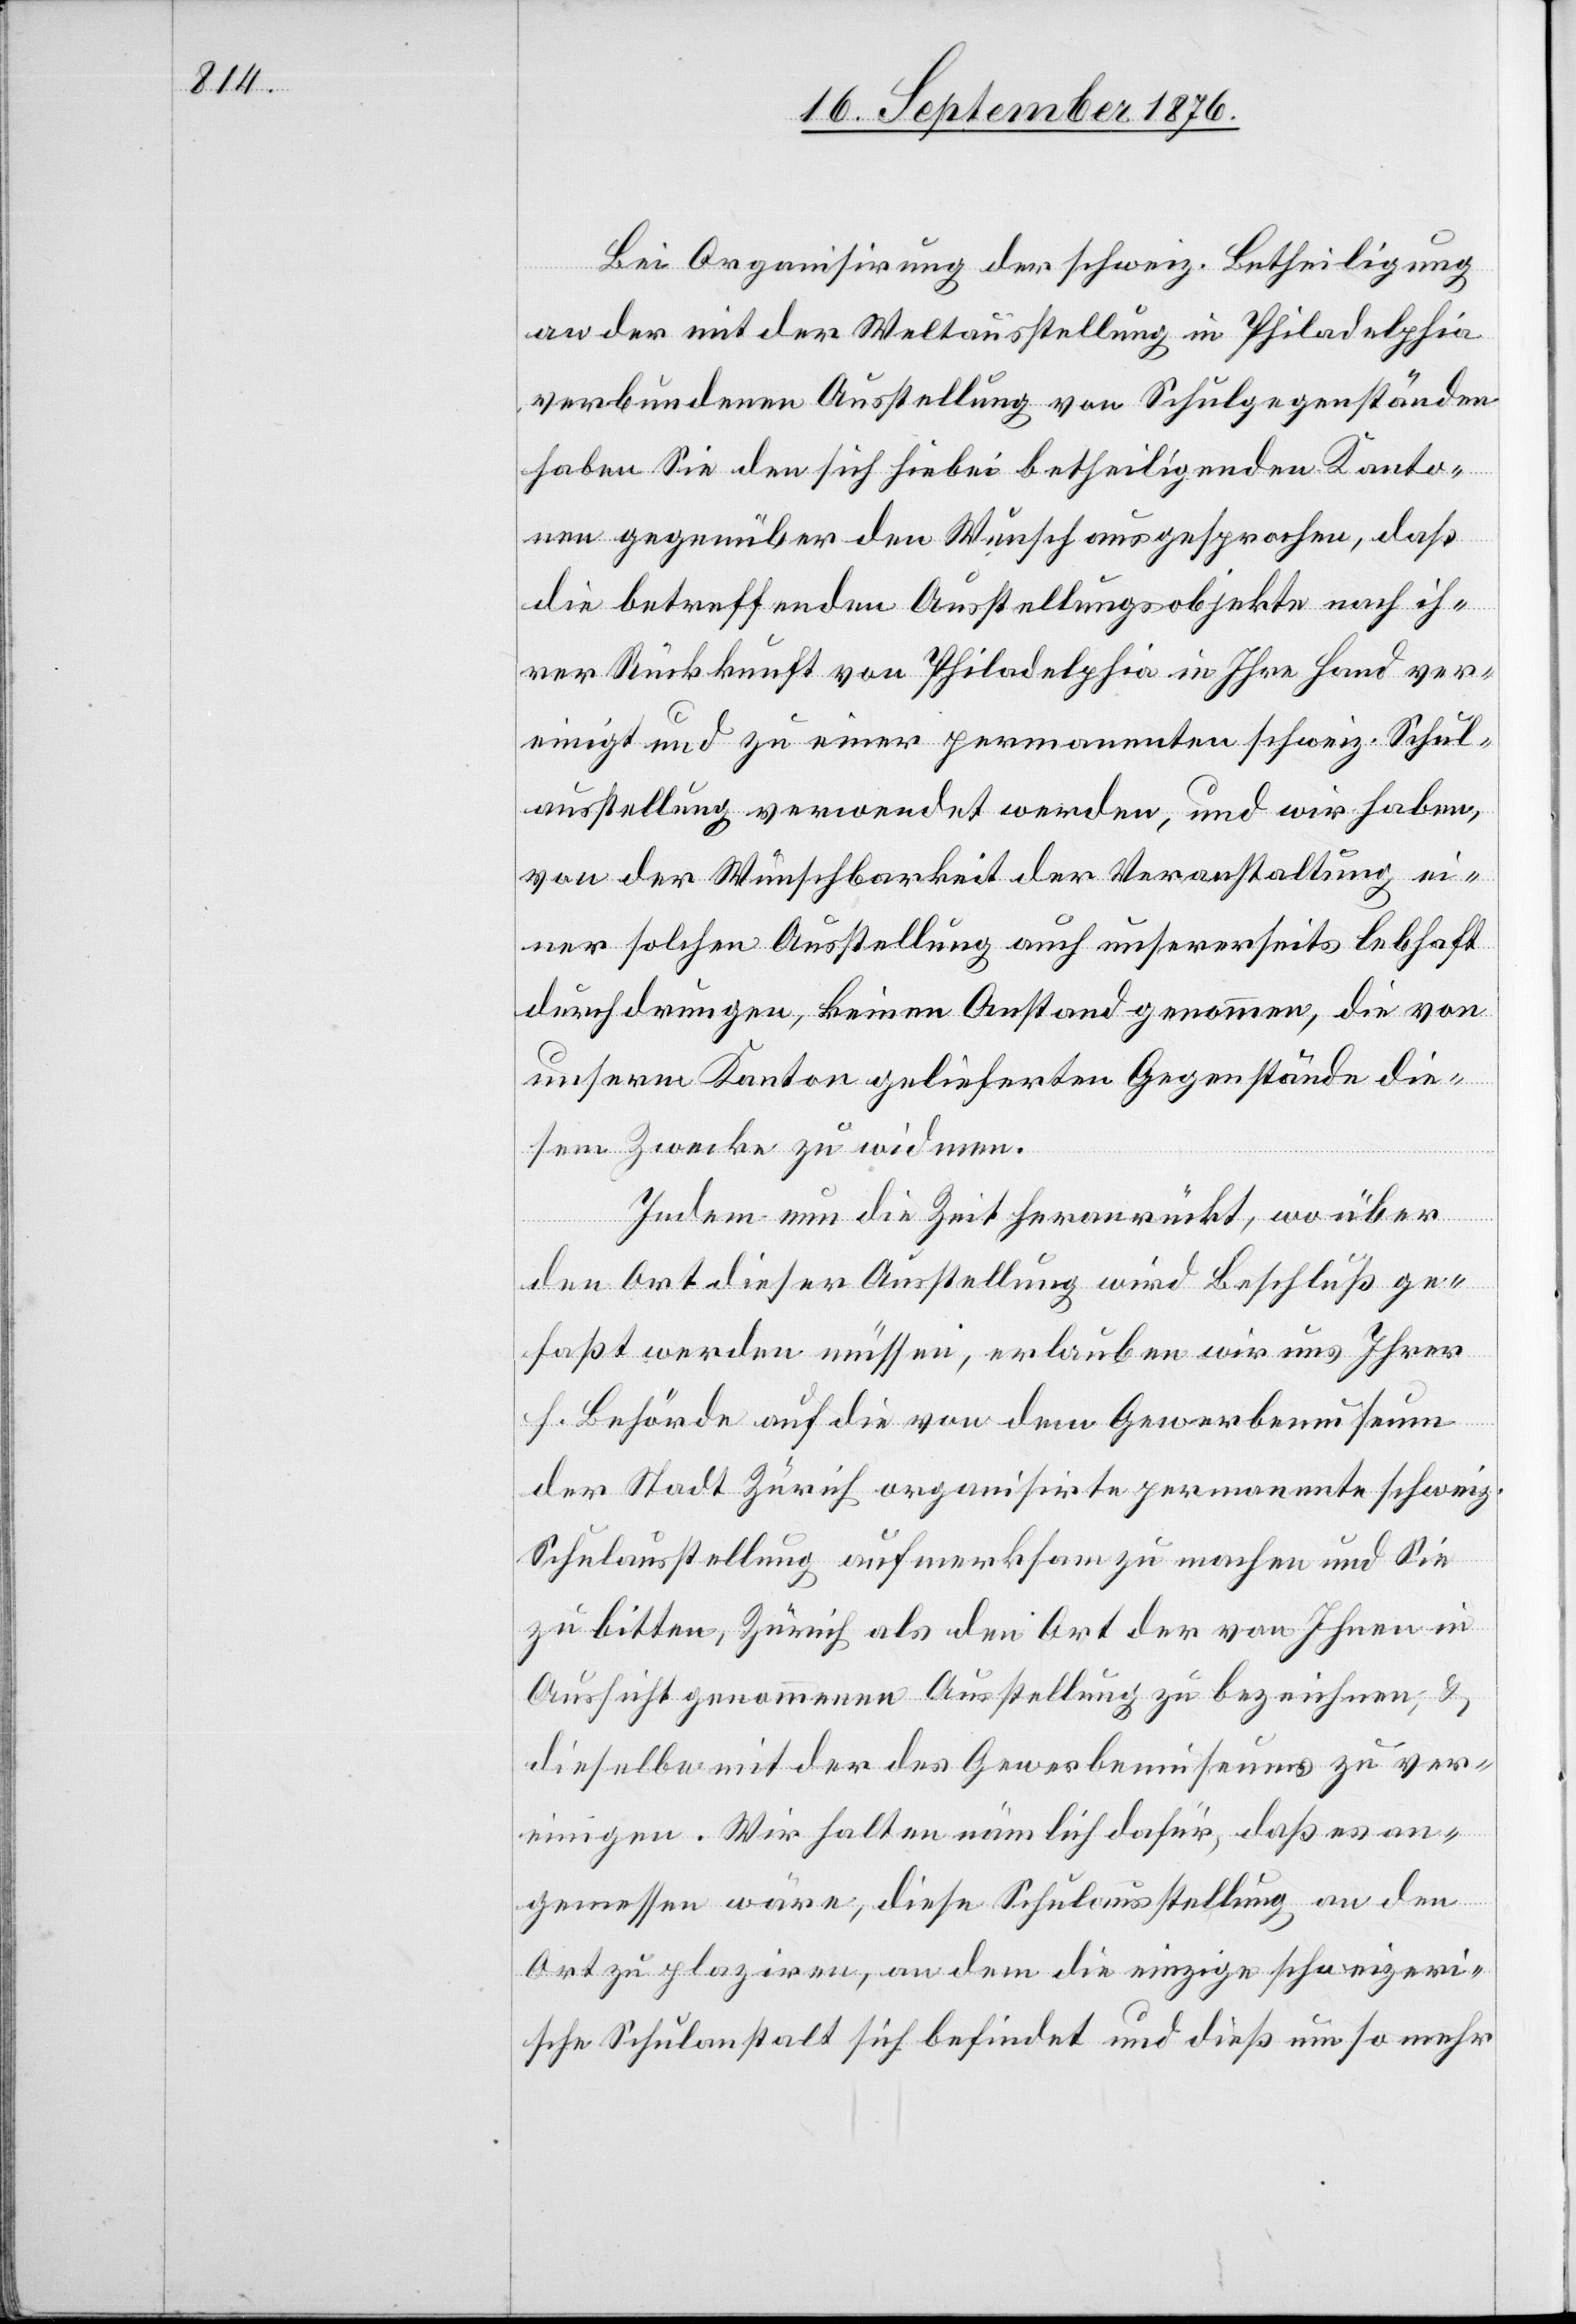
Bei Organisirung der schweiz. Betheiligung
an der mit der Weltausstellung in Philadelphia
verbundenen Ausstellung von Schulgegenständen
haben Sie den sich hiebei betheiligenden Kanto¬
nen gegenüber den Wunsch ausgesprochen, daß
die betreffenden Ausstellungsobjekte nach ih¬
rer Rückkunft von Philadelphia in Ihre Hand ver¬
einigt und zu einer permanenten schweiz. Schul¬
ausstellung verwendet werden, und wir haben,
von der Wünschbarkeit der Veranstaltung ei¬
ner solchen Ausstellung auch unsererseits lebhaft
durchdrungen, keinen Anstand genommen, die von
unserm Kanton gelieferten Gegenstände die¬
sem Zwecke zu widmen.
Indem nun die Zeit heranrückt, wo über
den Ort dieser Ausstellung wird Beschluß ge¬
faßt werden müssen, erlauben wir uns Ihrer
h. Behörde auf die von dem Gewerbemuseum
der Stadt Zürich organisirte permanente schweiz.
Schulausstellung aufmerksam zu machen und Sie
zu bitten, Zürich als den Ort der von Ihnen in
Aussicht genommenen Ausstellung zu bezeichnen, &
dieselbe mit der des Gewerbemuseum zu ver¬
einigen. Wir halten nämlich dafür, daß es an¬
gemessen wäre, diese Schulausstellung an den
Ort zu plaziren, an dem die einzige schweizeri¬
sche Schulanstalt sich befindet und dieß um so mehr